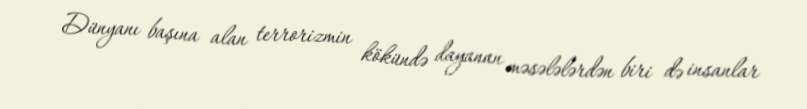
Dünyanı başına alan terrorizmin kökündə dayanan məsələlərdən biri də insanlar